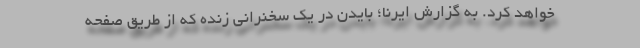
خواهد کرد. به گزارش ایرنا؛ بایدن در یک سخنرانی زنده که از طریق صفحه